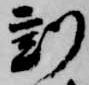
刻